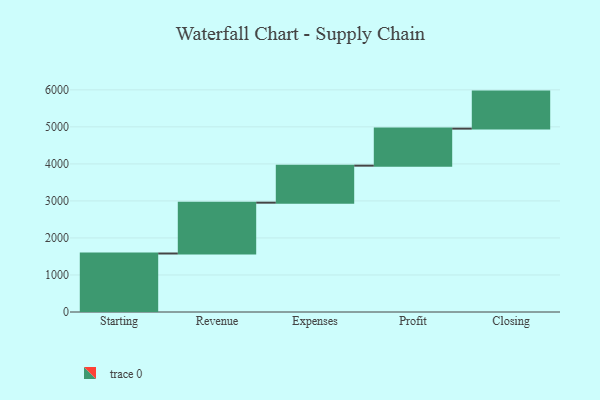
{"axis": {"x": "Step", "y": "Value"}, "legend": [""], "data": [{"x": "Starting", "y": 1580.0, "type": ""}, {"x": "Revenue", "y": 1373.0, "type": ""}, {"x": "Expenses", "y": 1000, "type": ""}, {"x": "Profit", "y": 1000, "type": ""}, {"x": "Closing", "y": 1000, "type": ""}]}